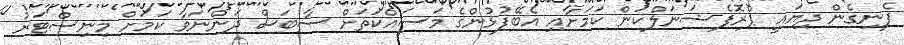
ފެނިގެން ދިޔައީ ޕްރޮފެޝަނަލްކަން ކަމަށާއި އެބޭފުޅުންގެ މަސައްކަތަށް ސާބަސް ދަންނަވާ ކަމަށް މިނިސްޓަރު